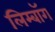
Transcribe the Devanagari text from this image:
लिम्बॉग